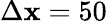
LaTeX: \Delta\mathbf{x}=50